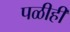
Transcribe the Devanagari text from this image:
पळीही